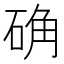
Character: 确